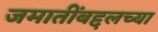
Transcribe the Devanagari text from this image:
जमातींबद्दलच्या